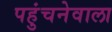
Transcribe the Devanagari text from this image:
पहुंचनेवाला